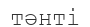
тәнті